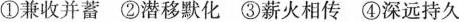
①兼收并蓄②潜移默化③薪火相传④深远持久